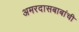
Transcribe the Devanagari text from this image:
अमरदासबाबांची